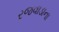
રજવાડાના